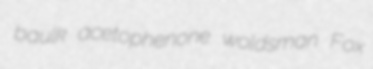
baulk acetophenone woldsman Fox